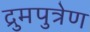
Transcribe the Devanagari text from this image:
द्रुमपुत्रेण